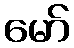
မော်